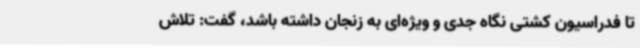
تا فدراسیون کشتی نگاه جدی و ویژه‌ای به زنجان داشته باشد، گفت: تلاش